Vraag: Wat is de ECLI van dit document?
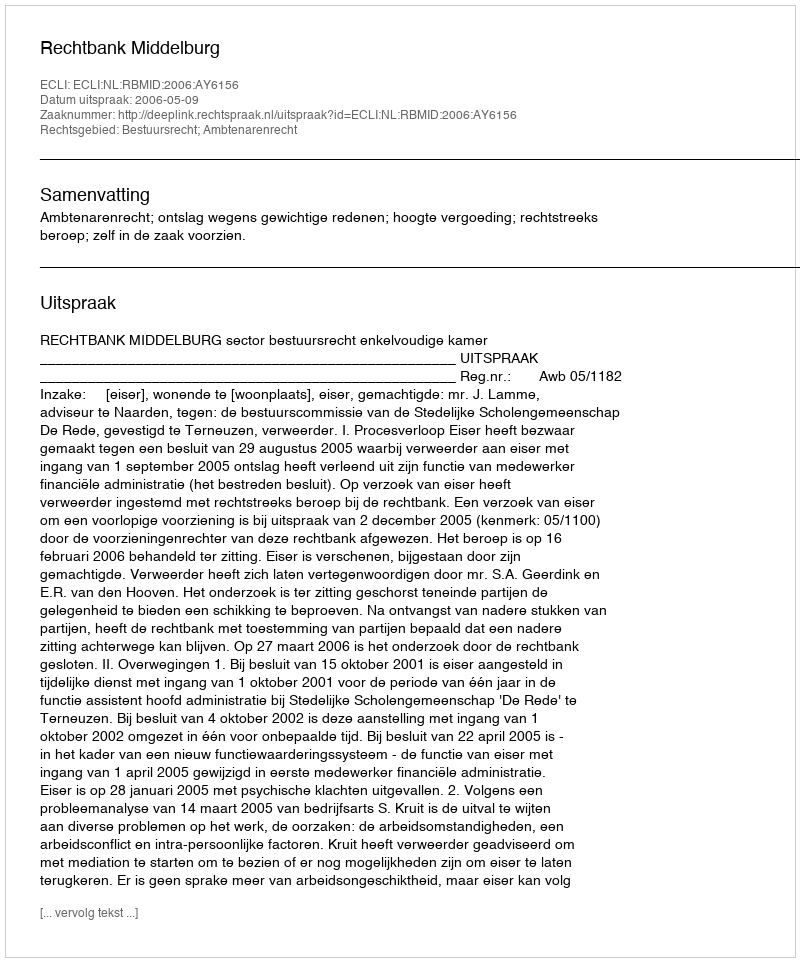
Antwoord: ECLI:NL:RBMID:2006:AY6156